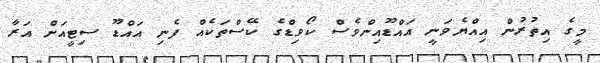
މީގެ އިތުރުން އިއްޔެވަނީ އައްޑޫއިންވެސް ކޯވިޑްގެ ކޭސްތަކެއް ފެނި އައްޑޫ ސިޓީއަށް އަރާ